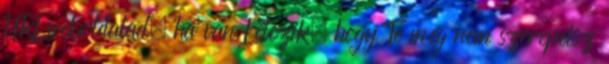
URL:weboldalad, ha van Létezik, hogy Te még nem szerepelsz